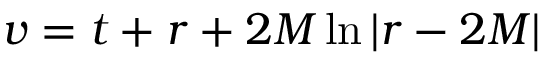
v = t + r + 2 M \ln | r - 2 M |